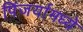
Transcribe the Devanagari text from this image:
पिंजर्यामध्ये